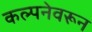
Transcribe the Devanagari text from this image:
कल्पनेवरून